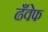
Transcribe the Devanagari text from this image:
ढँवेफ